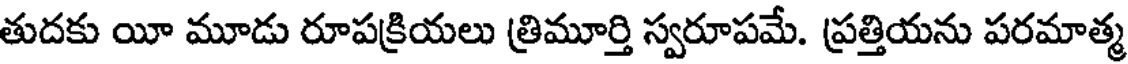
తుదకు యీ మూడు రూపక్రియలు త్రిమూర్తి స్వరూపమే. ప్రత్తియను పరమాత్మ